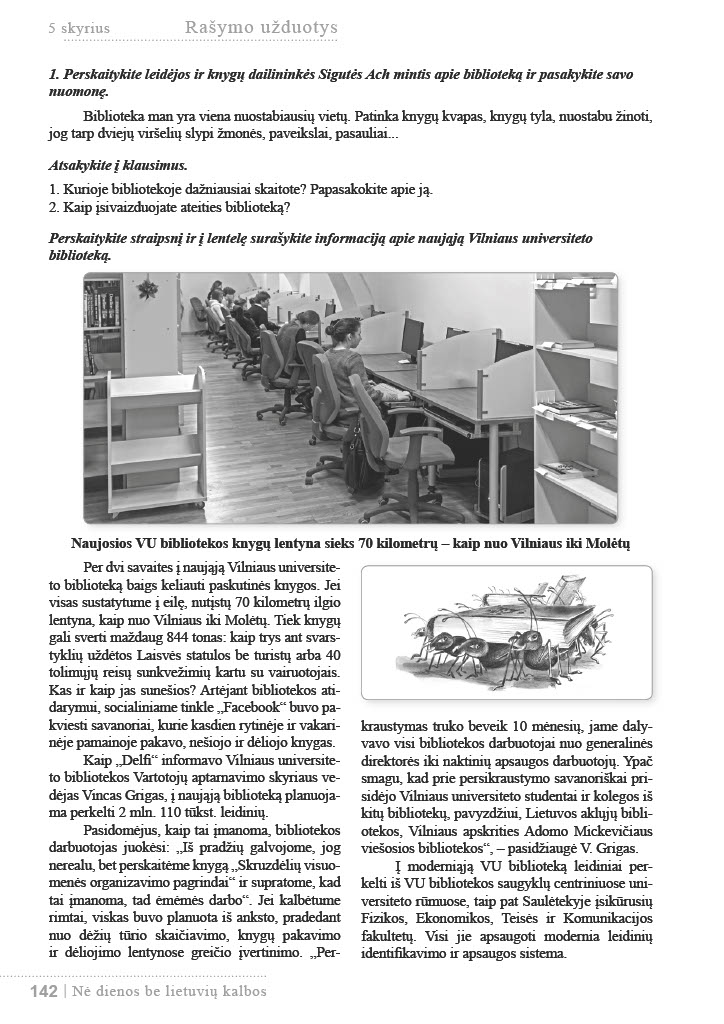
Language: lt